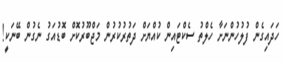
ހަދައިގެން ފުލުހުންނަށާ ހެލްތު ސެކްޓައިން ކުއްޔަށް ދަތުރުކުރުން މަޖްބޫރުކޮށް ބޮޑުއަގު ނެގުން ބޭނަކީ!